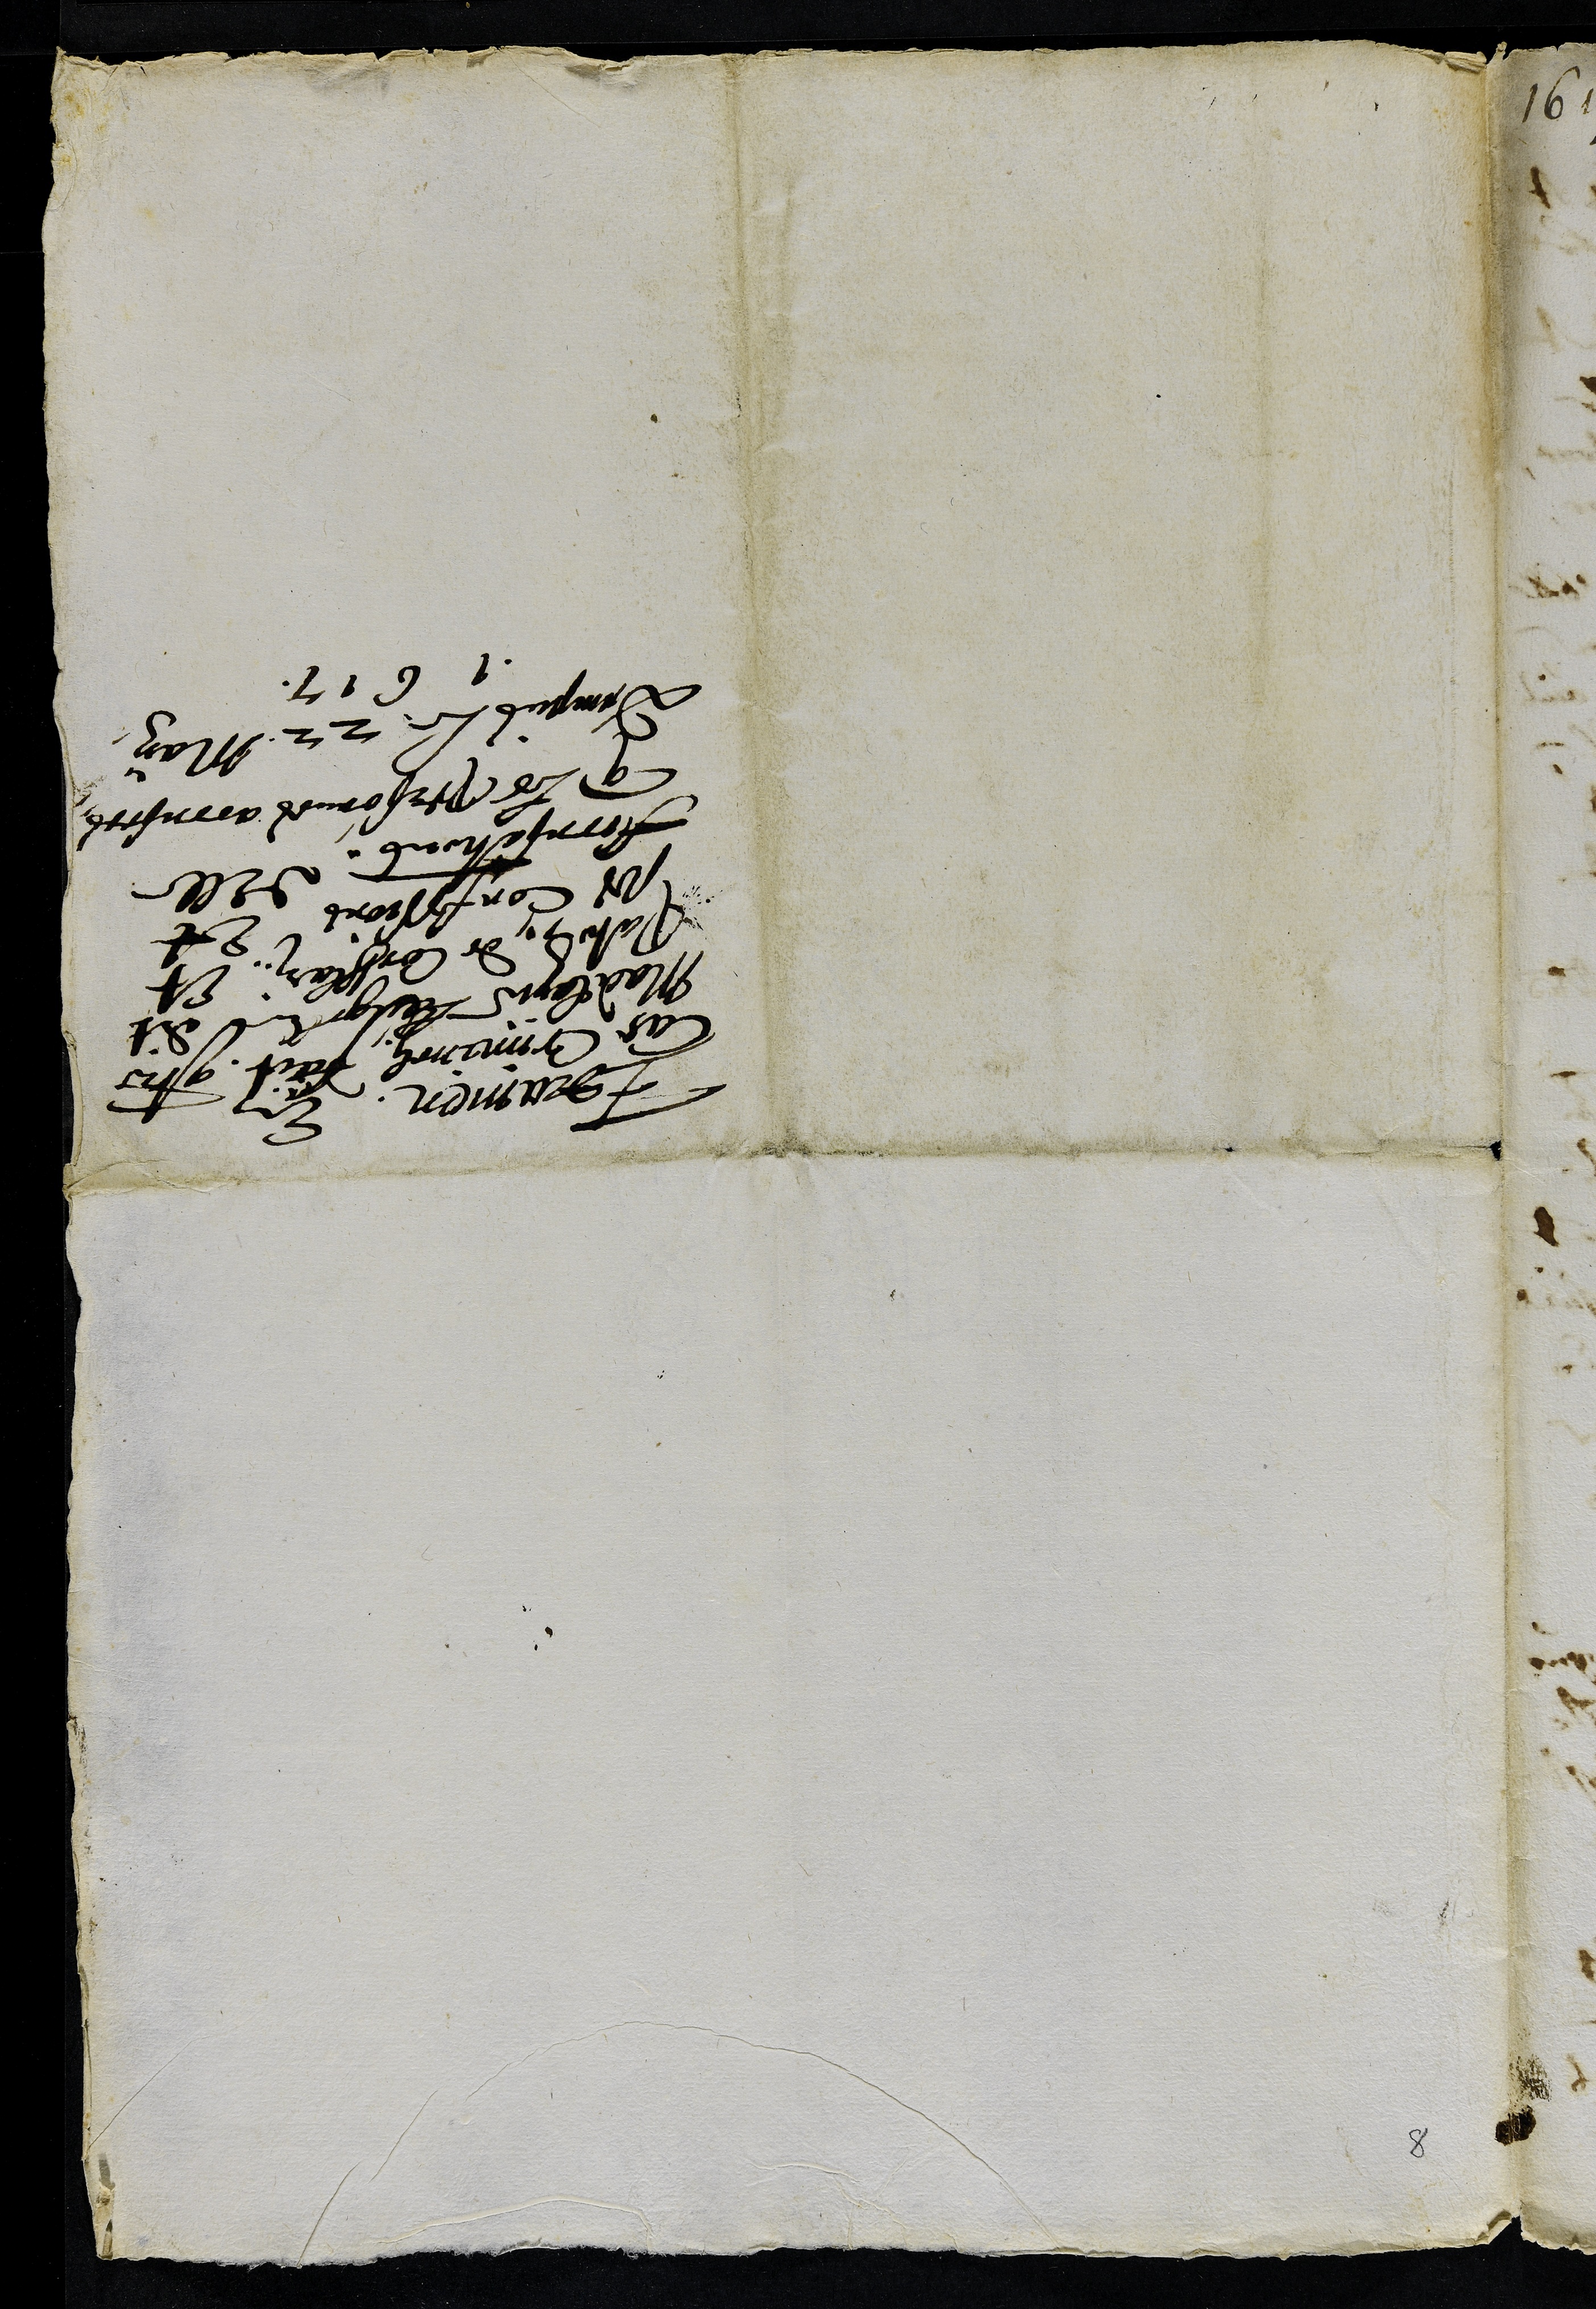
Examen en
Cas Criminels faict contre
Madelayne Langelle dit
Paton de Corthlari Et
ses confessions et
accusations delle
que les personnes accusees
dempuis le 22 may
1617
8